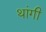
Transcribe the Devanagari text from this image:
थांगी